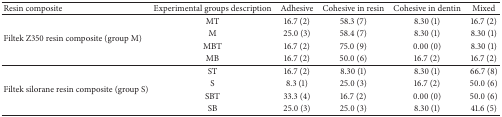
<table><thead><tr><td><b>Resin composite</b></td><td><b>Experimental groups description</b></td><td><b>Adhesive</b></td><td><b>Cohesive in resin</b></td><td><b>Cohesive in dentin</b></td><td><b>Mixed</b></td></tr></thead><tbody><tr><td rowspan="4">Filtek Z350 resin composite (group M)</td><td>MT </td><td>16.7 (2)</td><td>58.3 (7)</td><td>8.30 (1)</td><td>16.7 (2)</td></tr><tr><td>M </td><td>25.0 (3)</td><td>58.4 (7)</td><td>8.30 (1)</td><td>8.30 (1)</td></tr><tr><td> MBT </td><td>16.7 (2)</td><td>75.0 (9)</td><td>0.00 (0)</td><td>8.30 (1)</td></tr><tr><td>MB </td><td>16.7 (2)</td><td>50.0 (6)</td><td>16.7 (2)</td><td>16.7 (2)</td></tr><tr><td rowspan="4">Filtek silorane resin composite (group S)</td><td>ST </td><td>16.7 (2)</td><td>8.30 (1)</td><td>8.30 (1)</td><td>66.7 (8)</td></tr><tr><td>S </td><td>8.3 (1)</td><td>25.0 (3)</td><td>16.7 (2)</td><td>50.0 (6)</td></tr><tr><td>SBT </td><td>33.3 (4)</td><td>16.7 (2)</td><td>0.00 (0)</td><td>50.0 (6)</td></tr><tr><td>SB </td><td>25.0 (3)</td><td>25.0 (3)</td><td>8.30 (1)</td><td>41.6 (5)</td></tr></tbody></table>